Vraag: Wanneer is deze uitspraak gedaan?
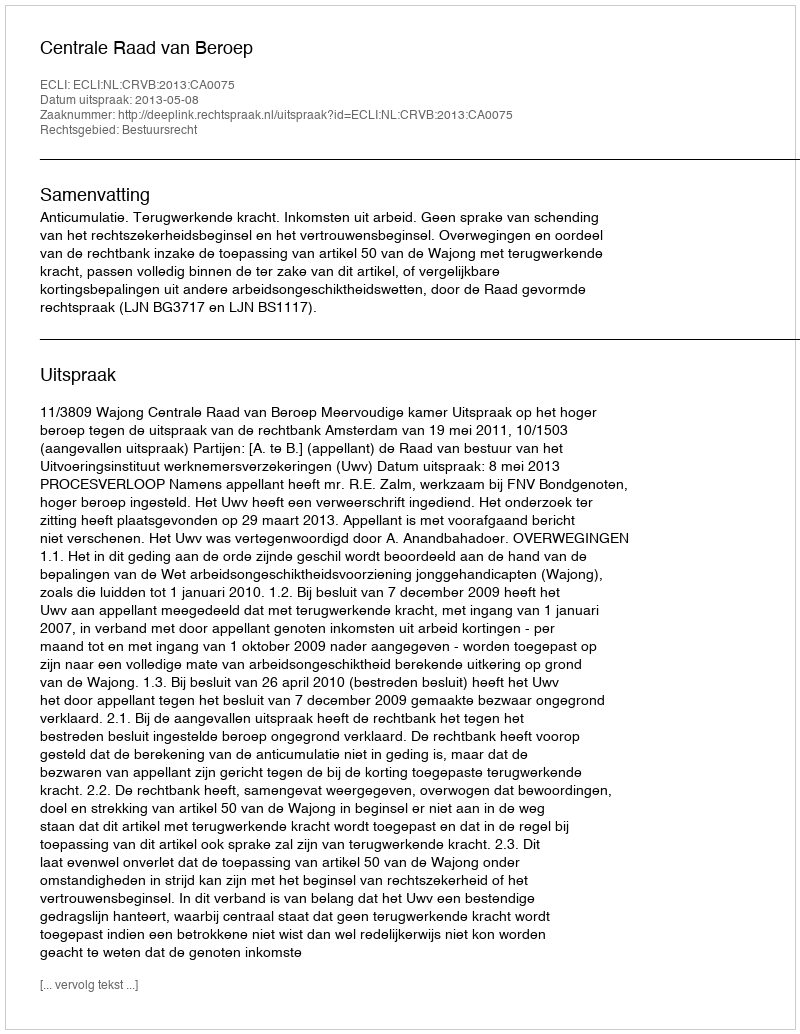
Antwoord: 2013-05-08